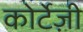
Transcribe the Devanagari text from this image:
कोर्टेज़ी